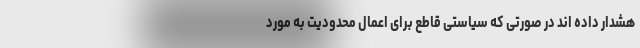
هشدار داده اند در صورتی که سیاستی قاطع برای اعمال محدودیت به مورد